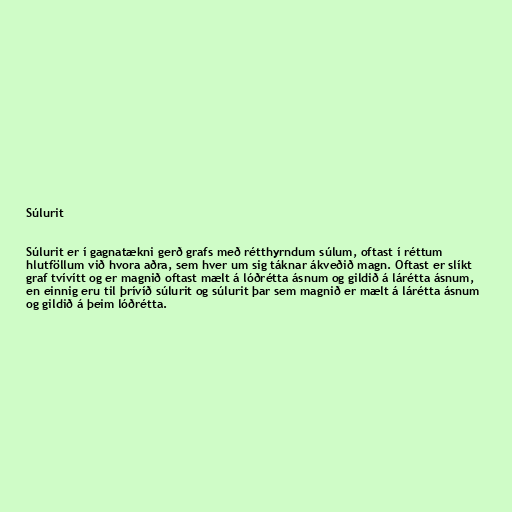
Súlurit

Súlurit er í gagnatækni gerð grafs með rétthyrndum súlum, oftast í réttum
hlutföllum við hvora aðra, sem hver um sig táknar ákveðið magn. Oftast er slíkt
graf tvívítt og er magnið oftast mælt á lóðrétta ásnum og gildið á lárétta ásnum,
en einnig eru til þrívíð súlurit og súlurit þar sem magnið er mælt á lárétta ásnum
og gildið á þeim lóðrétta.